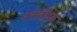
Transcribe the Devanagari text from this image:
रस्तोफ